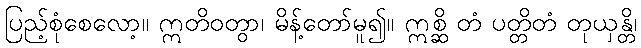
ပြည့်စုံစေလော့။ ဣတိဝတွာ၊ မိန့်တော်မူ၍။ ဣစ္ဆိ တံ ပတ္တိတံ တုယှန္တိ၊